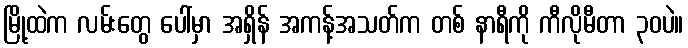
မြို့ထဲက လမ်းတွေ ပေါ်မှာ အရှိန် အကန့်အသတ်က တစ် နာရီကို ကီလိုမီတာ ၃၀ပဲ။